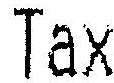
TAX